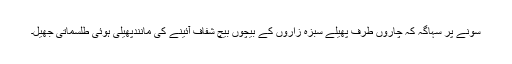
سونے پر سہاگہ کہ چاروں طرف پھیلے سبزہ زاروں کے بیچوں بیچ شفاف آئینے کی مانندپھیلی ہوئی طلسماتی جھیل۔